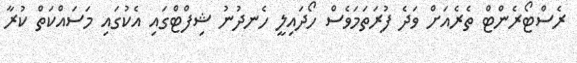
ރެސްޓޯރެންޓް ތެރެއަށް ވަދެ ފުރަތަމަވެސް ހޯދައިލީ ހެނދުނު ޝިފްޓްގައި އެކުގައި މަސައްކަތް ކުރާ